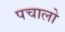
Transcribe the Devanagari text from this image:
पचालो